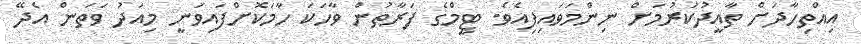
އިއްތިހާދަށް ތާއީދުކުރުމަށް ނިންމަވައިފިއެވެ. ޓީމްގެ ފަރާތުން ވާހަކަ ހާމަކޮށްފައިވަނީ މިއަދު ވަތަން އެދޭ